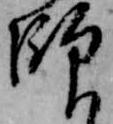
師